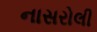
નાસરોલી